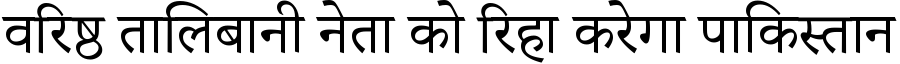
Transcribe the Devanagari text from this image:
वरिष्ठ तालिबानी नेता को रिहा करेगा पाकिस्तान